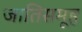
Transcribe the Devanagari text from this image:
जातिसमूह